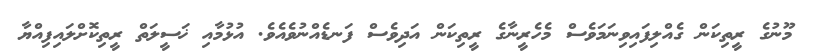
މޫނުގެ ރީތިކަން ގެއްލިފައިވިނަމަވެސް މެހެރީނާގެ ރީތިކަން އަދިވެސް ފަނޑެއްނުވެއެވެ. އުޅުމާއި ޚަސީލަތް ރީތިކޮށްލައިފިއްޔާ